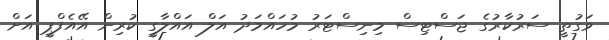
ވަގުތީ ސަރުކާރުގެ ޖަސްޓިސް މިނިސްޓަރު މުހައްމަދު އަލް އައްލާގީ ކުރިން އޭއެފްޕީ އަށް